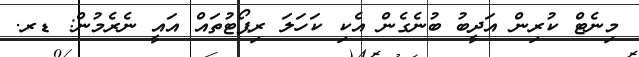
މިނެޓް ކުރިން އަދީބު ބުނެގެން އެކި ކަހަލަ ރިޕޯޓުތައް އައީ ނެރެމުން: ޑރ.